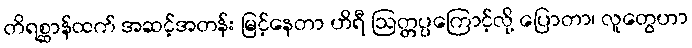
တိရစ္ဆာန်ထက် အဆင့်အတန်း မြင့်နေတာ ဟိရီ ဩတ္တပ္ပကြောင့်လို့ ပြောတာ၊ လူတွေဟာ